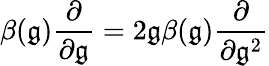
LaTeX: \beta(\mathfrak{g})\frac{{\partial}}{{\partial\mathfrak{g}}}=2\mathfrak{g}\beta(\mathfrak{g})\frac{{\partial}}{{\partial\mathfrak{g}^{2}}}